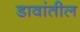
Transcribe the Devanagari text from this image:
डावांतील